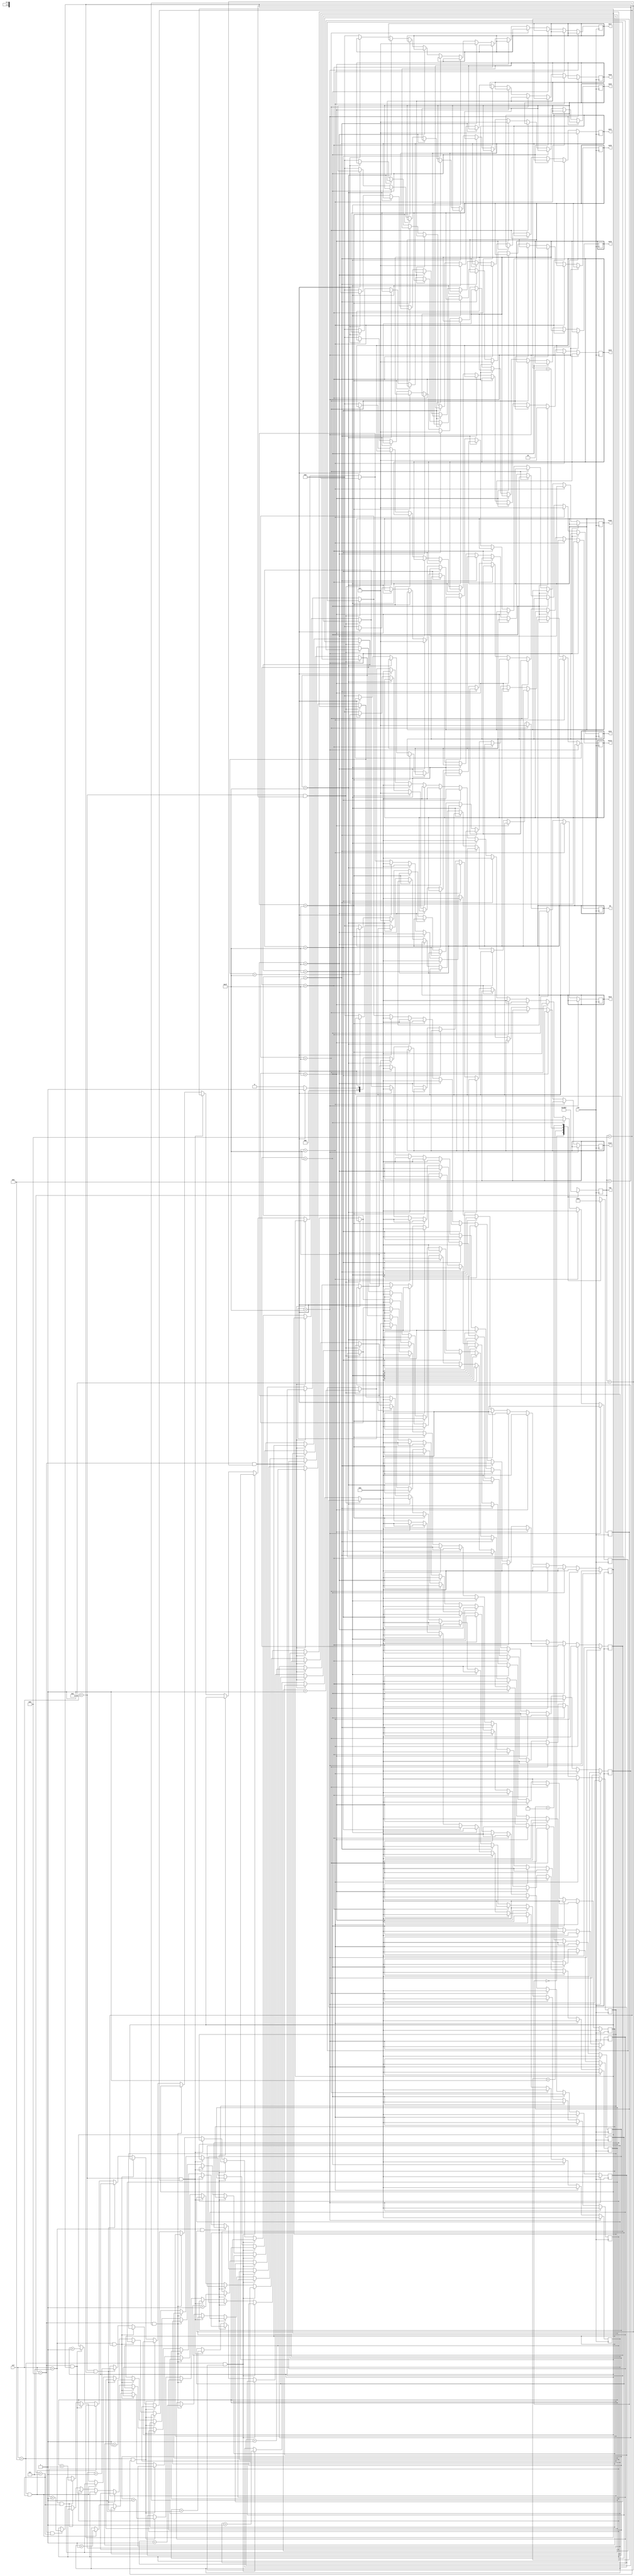
module keyboard(clk,row,col,out11,out1,out2,out3,out4,out5,out6,out7,out8,out9,reset,ok,start);
//module keyboard(clk,row,col,out,reset,ok,start);
input clk;
input [3:0] col;
output [3:0]row,out11,out1,out2,out3,out4,out5,out6,out7,out8,out9,reset,ok,start;
//output [3:0]row,reset,ok,start;
//output [9:0]out;
reg [3:0]row;
reg [1:0] i='b00;
reg [4:0] i1=0,i2=0,i3=0,i4=0,i5=0,i6=0,i7=0,i8=0,i9=0,i10=0,i11=0,i12=0,i13=0;
reg out11=0,out1=0,out2=0,out3=0,out4=0,out5=0,out6=0,out7=0,out8=0,out9=0,reset=0,ok=0,start=0;
reg [9:0] out;
always @(posedge clk)
 if(clk)
 begin
 //----------------------------------持续行的扫描--------------------------------------
  case(i[1:0])
  2'b00:begin row<=4'b1110; i<= 2'b01;end
  2'b01:begin row<=4'b1101; i<= 2'b10;end
  2'b10:begin row<=4'b1011; i<= 2'b11;end
  2'b11:begin row<=4'b0111; i<= 2'b00;end 
  endcase
  //----------------------------------键盘中某一个数的判断-----------------------------------------
 if(col==4'b1110&&row==4'b1110)          begin i1=i1+1;   end
 else if(col==4'b1101&&row==4'b1110)     begin i2=i2+1;   end
 else if(col==4'b1011&&row==4'b1110)	  begin i3=i3+1;   end
 else	if(col==4'b0111&&row==4'b1110)     begin i4=i4+1;   end
 else	if(col==4'b1110&&row==4'b1101)     begin i5=i5+1;   end
 else	if(col==4'b1101&&row==4'b1101)     begin i6=i6+1;   end
 else	if(col==4'b1011&&row==4'b1101)     begin i7=i7+1;   end
 else	if(col==4'b0111&&row==4'b1101)     begin i8=i8+1;   end
 else if(col==4'b1110&&row==4'b1011)     begin i9=i9+1;   end
 else	if(col==4'b1011&&row==4'b0111)     begin i10=i10+1; end
 else	if(col==4'b1101&&row==4'b1011)	  begin i11=i11+1; end
 else if(col==4'b0111&&row==4'b0111)     begin i12=i12+1; end
 else if(col==4'b1101&&row==4'b0111)     begin i13=i13+1; end
//---------------------------------------------------键盘的输出-----------------------------------------
 if(i1==31)          begin  out1=1;i1=0;i2=0;i3=0;i4=0;i5=0;i6=0;i7=0;i8=0;i9=0;i10=0;i11=0;i12=0;i13=0; end
 else if(i2==31)     begin  out2=1;i1=0;i2=0;i3=0;i4=0;i5=0;i6=0;i7=0;i8=0;i9=0;i10=0;i11=0;i12=0;i13=0; end
 else if(i3==31)     begin  out3=1;i1=0;i2=0;i3=0;i4=0;i5=0;i6=0;i7=0;i8=0;i9=0;i10=0;i11=0;i12=0;i13=0; end
 else if(i4==31)     begin  out4=1;i1=0;i2=0;i3=0;i4=0;i5=0;i6=0;i7=0;i8=0;i9=0;i10=0;i11=0;i12=0;i13=0; end
 else if(i5==31)     begin  out5=1;i1=0;i2=0;i3=0;i4=0;i5=0;i6=0;i7=0;i8=0;i9=0;i10=0;i11=0;i12=0;i13=0; end
 else if(i6==31)     begin  out6=1;i1=0;i2=0;i3=0;i4=0;i5=0;i6=0;i7=0;i8=0;i9=0;i10=0;i11=0;i12=0;i13=0; end
 else if(i7==31)	   begin  out7=1;i1=0;i2=0;i3=0;i4=0;i5=0;i6=0;i7=0;i8=0;i9=0;i10=0;i11=0;i12=0;i13=0; end
 else if(i8==31)     begin  out8=1;i1=0;i2=0;i3=0;i4=0;i5=0;i6=0;i7=0;i8=0;i9=0;i10=0;i11=0;i12=0;i13=0; end
 else if(i9==31)	   begin  out9=1;i1=0;i2=0;i3=0;i4=0;i5=0;i6=0;i7=0;i8=0;i9=0;i10=0;i11=0;i12=0;i13=0; end
 else if(i10==31)    begin  reset=1;i1=0;i2=0;i3=0;i4=0;i5=0;i6=0;i7=0;i8=0;i9=0;i10=0;i11=0;i12=0;i13=0; end
 else if(i11==31)    begin  out11=1;i1=0;i2=0;i3=0;i4=0;i5=0;i6=0;i7=0;i8=0;i9=0;i10=0;i11=0;i12=0;i13=0; end
 else if(i12==31)    begin  ok=1;i1=0;i2=0;i3=0;i4=0;i5=0;i6=0;i7=0;i8=0;i9=0;i10=0;i11=0;i12=0;i13=0; end
 else if(i13==31)    begin  start=1;i1=0;i2=0;i3=0;i4=0;i5=0;i6=0;i7=0;i8=0;i9=0;i10=0;i11=0;i12=0;i13=0; end
 else                begin out1<=0;out2<=0;out3<=0;out4<=0;out5<=0;out6<=0;out7<=0;out8<=0;out9<=0;reset<=0;out11<=0;ok<=0;start<=0; end
end
endmodule